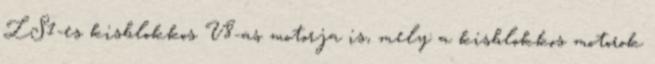
LS1-es kisblokkos V8-as motorja is, mely a kisblokkos motorok